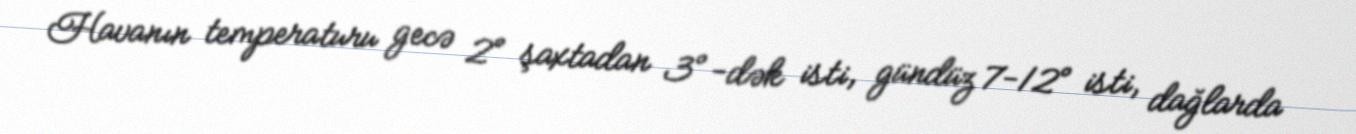
Havanın temperaturu gecə 2° şaxtadan 3°-dək isti, gündüz 7-12° isti, dağlarda